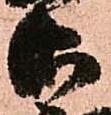
御